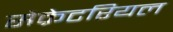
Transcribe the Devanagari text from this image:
सेक्रेटरियल